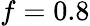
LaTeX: f=0.8